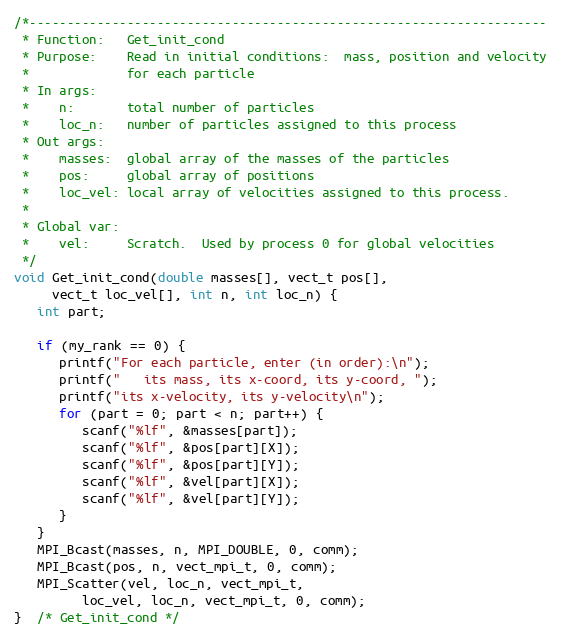
Language: C
/*---------------------------------------------------------------------
 * Function:   Get_init_cond
 * Purpose:    Read in initial conditions:  mass, position and velocity
 *             for each particle
 * In args:
 *    n:       total number of particles
 *    loc_n:   number of particles assigned to this process
 * Out args:
 *    masses:  global array of the masses of the particles
 *    pos:     global array of positions
 *    loc_vel: local array of velocities assigned to this process.
 *
 * Global var:
 *    vel:     Scratch.  Used by process 0 for global velocities
 */
void Get_init_cond(double masses[], vect_t pos[],
     vect_t loc_vel[], int n, int loc_n) {
   int part;

   if (my_rank == 0) {
      printf("For each particle, enter (in order):\n");
      printf("   its mass, its x-coord, its y-coord, ");
      printf("its x-velocity, its y-velocity\n");
      for (part = 0; part < n; part++) {
         scanf("%lf", &masses[part]);
         scanf("%lf", &pos[part][X]);
         scanf("%lf", &pos[part][Y]);
         scanf("%lf", &vel[part][X]);
         scanf("%lf", &vel[part][Y]);
      }
   }
   MPI_Bcast(masses, n, MPI_DOUBLE, 0, comm);
   MPI_Bcast(pos, n, vect_mpi_t, 0, comm);
   MPI_Scatter(vel, loc_n, vect_mpi_t,
         loc_vel, loc_n, vect_mpi_t, 0, comm);
}  /* Get_init_cond */